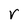
Character: r